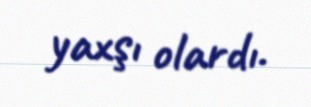
yaxşı olardı.